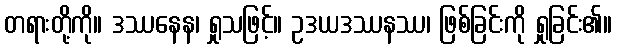
တရားတို့ကို။ ဒဿနေန၊ ရှုသဖြင့်။ ဥဒယဒဿနဿ၊ ဖြစ်ခြင်းကို ရှုခြင်း၏။